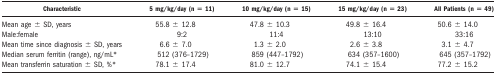
| Characteristic | 5 mg/kg/day (n = 11) | 10 mg/kg/day (n = 15) | 15 mg/kg/day (n = 23) | All Patients (n = 49) |
 | --- | --- | --- | --- | --- |
 | Mean age ± SD, years | 55.8 ± 12.8 | 47.8 ± 10.3 | 49.8 ± 16.4 | 50.6 ± 14.0 |
 | Male:female | 9:2 | 11:4 | 13:10 | 33:16 |
 | Mean time since diagnosis ± SD, years | 6.6 ± 7.0 | 1.3 ± 2.0 | 2.6 ± 3.8 | 3.1 ± 4.7 |
 | Median serum ferritin (range), ng/mL* | 512 (376–1729) | 859 (447–1792) | 634 (357–1600) | 645 (357–1792) |
 | Mean transferrin saturation ± SD, %* | 78.1 ± 17.4 | 81.0 ± 12.7 | 74.1 ± 15.4 | 77.2 ± 15.2 |